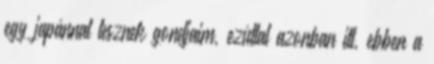
egy japánnal lesznek gondjaim, ezúttal azonban itt, ebben a